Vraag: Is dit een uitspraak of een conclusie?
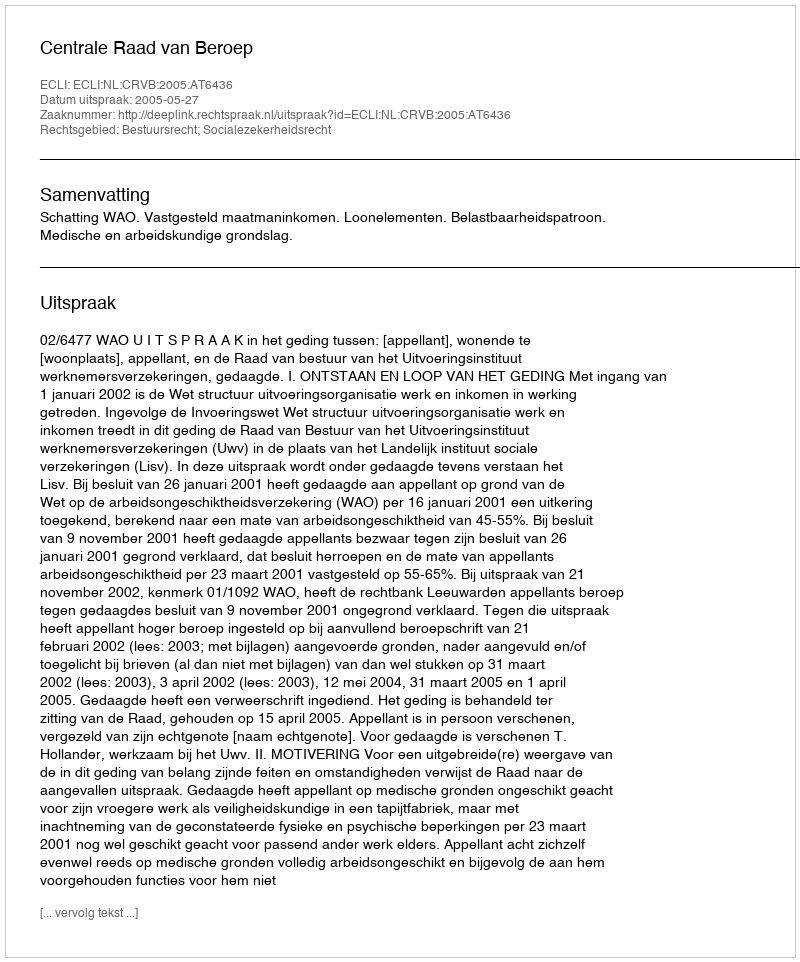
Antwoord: Uitspraak